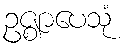
ဥဇ္ဈာပေသုံ